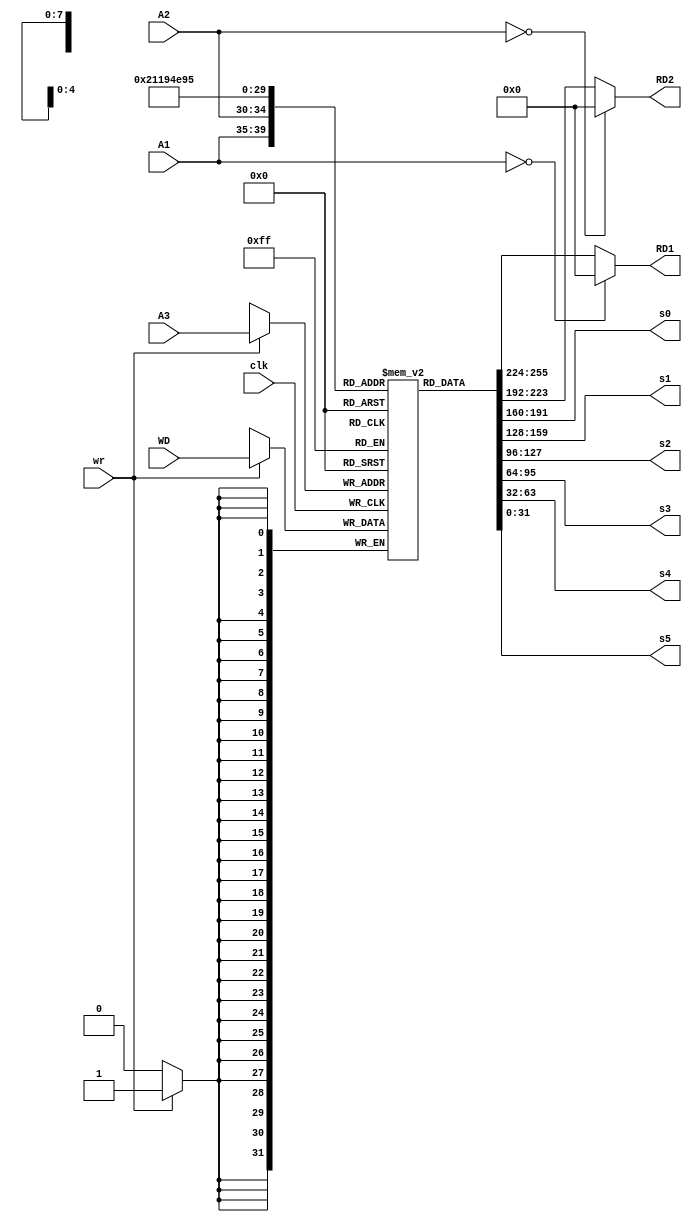
module  RF(
           input [4:0] A1,
           input [4:0] A2,
           input [4:0] A3,
           input [31:0] WD,
           input wr,
           input clk,
           output [31:0] RD1,
           output [31:0] RD2,
           output [31:0] s0,
           output [31:0] s1,
           output [31:0] s2,
           output [31:0] s3,
           output [31:0] s4,
           output [31:0] s5
           );
 reg [31:0] mem[31:0];
 assign RD1=(A1==0)?32'd0:mem[A1];
 assign RD2=(A2==0)?32'd0:mem[A2];
 always @(posedge clk)
        begin  
        if(wr)
          mem[A3]<=WD; 
        end
           
  assign s0=mem[16];
  assign s1=mem[17];
  assign s2=mem[18];
  assign s3=mem[19];
  assign s4=mem[20];
  assign s5=mem[21];        
endmodule